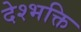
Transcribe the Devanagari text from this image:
देश्भक्ति